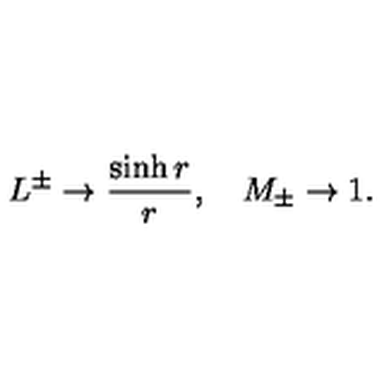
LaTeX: L ^ { \pm } \rightarrow \frac { \sinh { r } } { r } , \quad M _ { \pm } \rightarrow 1 .